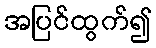
အပြင်ထွက်၍